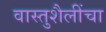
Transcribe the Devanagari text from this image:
वास्तुशैलींचा